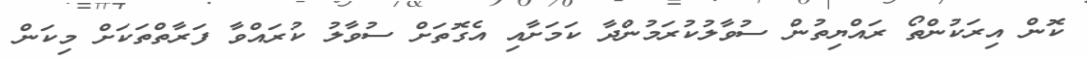
ކޮން އިރަކުންތޯ ރައްޔިތުން ސުވާލުކުރަމުންދާ ކަމަށާއި އެގޮތަށް ސުވާލު ކުރައްވާ ފަރާތްތަކަށް މިކަން